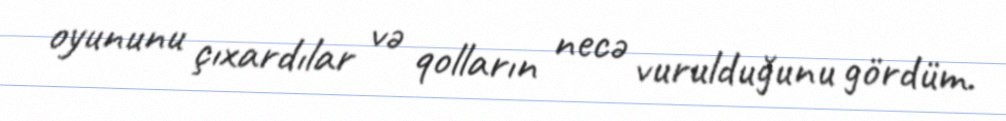
oyununu çıxardılar və qolların necə vurulduğunu gördüm.